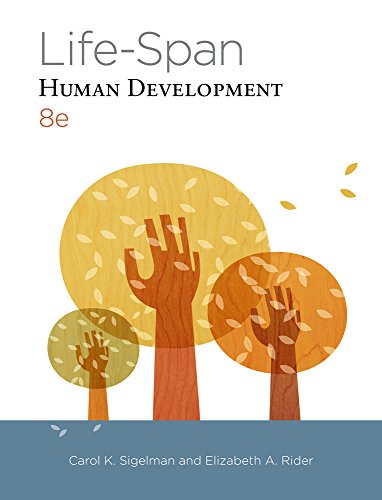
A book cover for Cengage Advantage Books: Life-Span Human Development; Carol K. Sigelman; Medical Books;